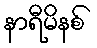
နာရီမိနစ်